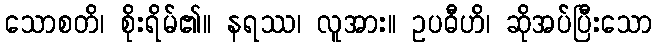
သောစတိ၊ စိုးရိမ်၏။ နရဿ၊ လူအား။ ဥပဓီဟိ၊ ဆိုအပ်ပြီးသော